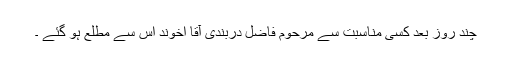
چند روز بعد کسی مناسبت سے مرحوم فاضل دربندی آقا اخوند اس سے مطلع ہو گئے ۔